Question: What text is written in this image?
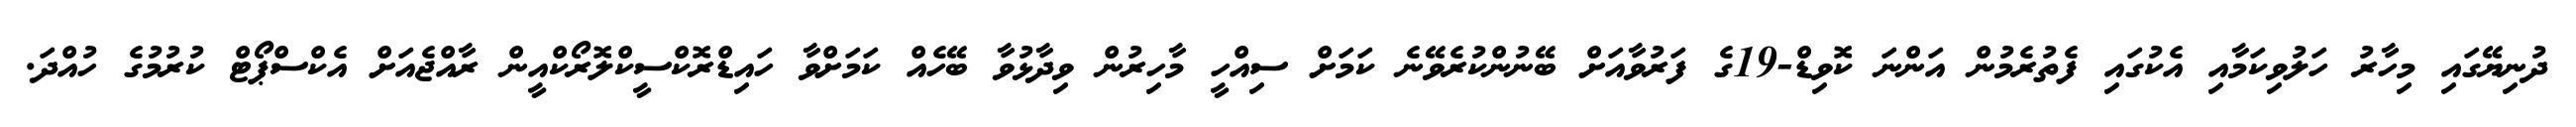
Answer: ދުނިޔޭގައި މިހާރު ހަލުވިކަމާއި އެކުގައި ފެތުރެމުން އަންނަ ކޮވިޑް-19ގެ ފަރުވާއަށް ބޭނުންކުރެވޭނެ ކަމަށް ސިއްހީ މާހިރުން ވިދާޅުވާ ބޭހެއް ކަމަށްވާ ހައިޑްރޮކްސީކްލޮރޯކްއީން ރާއްޖެއަށް އެކްސްޕޯޓް ކުރުމުގެ ހުއްދަ.